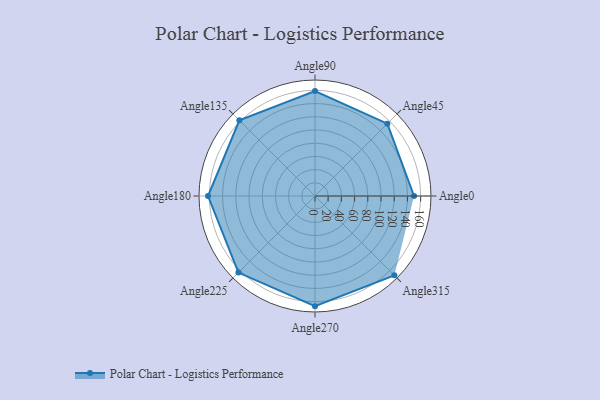
{"axis": {"x": "Angle", "y": "Radius"}, "legend": [""], "data": [{"x": "Angle0", "y": 150.0, "type": ""}, {"x": "Angle45", "y": 155.0, "type": ""}, {"x": "Angle90", "y": 159.0, "type": ""}, {"x": "Angle135", "y": 162.0, "type": ""}, {"x": "Angle180", "y": 162.0, "type": ""}, {"x": "Angle225", "y": 164.0, "type": ""}, {"x": "Angle270", "y": 167.0, "type": ""}, {"x": "Angle315", "y": 170, "type": ""}]}